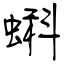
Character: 蝌